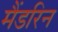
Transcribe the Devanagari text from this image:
मैंडरिन